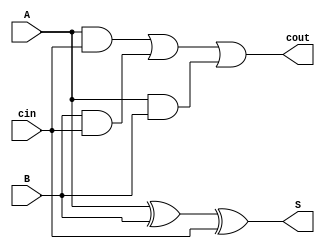
module fulladder(A, B, cin, S, cout);
	input A;
	input B;
	input cin;
	output S;
	output cout;

	assign S = (A ^ B) ^ cin;
	assign cout = (A & cin) | (B & cin) | (A & B);
endmodule

module ripplecarry(SW, LEDR);
	input [8:0] SW;
	output [7:0] LEDR;

	wire FAzeroToFAone;
	wire FAoneToFAtwo;
	wire FAtwoToFAthree;

	fulladder A0(
		.A(SW[0]),
		.B(SW[4]),
		.cin(SW[8]),
		.S(LEDR[0]),
		.cout(FAzeroToFAone)
	);

	fulladder A1(
		.A(SW[1]),
		.B(SW[5]),
		.cin(FAzeroToFAone),
		.S(LEDR[1]),
		.cout(FAoneToFAtwo)
	);

	fulladder A2(
		.A(SW[2]),
		.B(SW[6]),
		.cin(FAoneToFAtwo),
		.S(LEDR[2]),
		.cout(FAtwoToFAthree)
	);

	fulladder A3(
		.A(SW[3]),
		.B(SW[7]),
		.cin(FAtwoToFAthree),
		.S(LEDR[3]),
		.cout(LEDR[4])
	);
endmodule